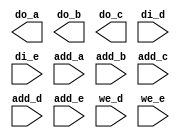
/****************************************************************
 ---------------------------------------------------------------
     Copyright 1999 Sun Microsystems, Inc., 901 San Antonio
     Road, Palo Alto, CA 94303, U.S.A.  All Rights Reserved.
     The contents of this file are subject to the current
     version of the Sun Community Source License, picoJava-II
     Core ("the License").  You may not use this file except
     in compliance with the License.  You may obtain a copy
     of the License by searching for "Sun Community Source
     License" on the World Wide Web at http://www.sun.com.
     See the License for the rights, obligations, and
     limitations governing use of the contents of this file.

     Sun, Sun Microsystems, the Sun logo, and all Sun-based
     trademarks and logos, Java, picoJava, and all Java-based
     trademarks and logos are trademarks or registered trademarks 
     of Sun Microsystems, Inc. in the United States and other
     countries.
 ----------------------------------------------------------------
******************************************************************/
module rf (do_a, do_b, do_c, di_d, di_e, add_a, add_b, add_c,
           add_d, add_e, we_d, we_e);
 
 input [31:0] di_d;
 input [31:0] di_e;
 input [5:0] add_a;
 input [5:0] add_b;
 input [5:0] add_c;
 input [5:0] add_d;
 input [5:0] add_e;
 input we_d;
 input we_e;
 
 output [31:0] do_a;
 output [31:0] do_b;
 output [31:0] do_c;
 
 reg [31:0] ram [63:0];
 
 
/*
 always @(posedge we_d) begin
     ram[add_d[5:0]]= di_d[31:0];
 end
 always @(posedge we_e) begin
     ram[add_e[5:0]]= di_e[31:0];
 end
 
 // Read Cycle                                                        
assign #1 do_a[31:0]= (^(add_a[5:0])===1'bx) ? 32'bx: ram[add_a[5:0]];
assign #1 do_b[31:0]= (^(add_b[5:0])===1'bx) ? 32'bx: ram[add_b[5:0]];
assign #1 do_c[31:0]= (^(add_c[5:0])===1'bx) ? 32'bx: ram[add_c[5:0]];
*/                                                                    
                                                                      
endmodule